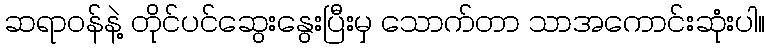
ဆရာဝန်နဲ့ တိုင်ပင်ဆွေးနွေးပြီးမှ သောက်တာ သာအကောင်းဆုံးပါ။